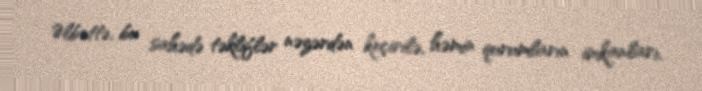
Əlbəttə, bu sahədə təkliflər nəzərdən keçirilə, həmin qurumların imkanları,